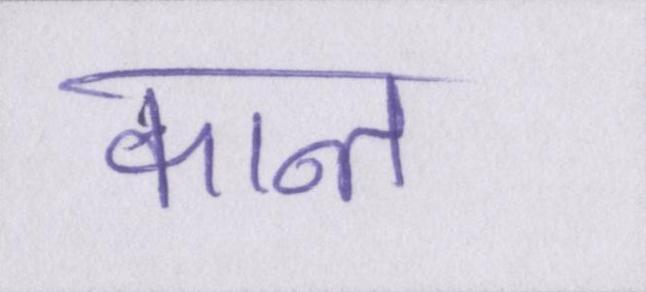
कान्त